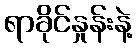
ရာခိုင်နှုန်းနဲ့